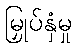
မြှုပ်နှံမှု